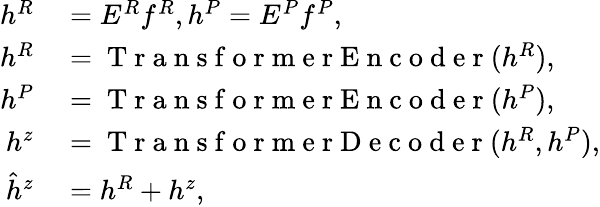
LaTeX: \begin{array}{rl}{h^{R}}&{{}=E^{R}f^{R},h^{P}=E^{P}f^{P},}\\ {h^{R}}&{{}=\mathrm{~T~r~a~n~s~f~o~r~m~e~r~E~n~c~o~d~e~r~}(h^{R}),}\\ {h^{P}}&{{}=\mathrm{~T~r~a~n~s~f~o~r~m~e~r~E~n~c~o~d~e~r~}(h^{P}),}\\ {h^{z}}&{{}=\mathrm{~T~r~a~n~s~f~o~r~m~e~r~D~e~c~o~d~e~r~}(h^{R},h^{P}),}\\ {\hat{h}^{z}}&{{}=h^{R}+h^{z},}\end{array}